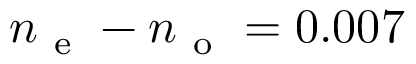
n _ { \mathrm { ~ e ~ } } - n _ { \mathrm { ~ o ~ } } = 0 . 0 0 7